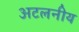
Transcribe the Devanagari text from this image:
अटलनीय